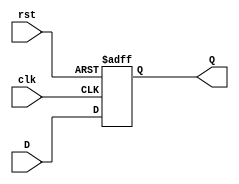
`timescale 1ns / 1ps

module DFlipFlop
(input clk, input rst, input D, output reg Q);
    always @ (posedge clk or posedge rst) 
    if (rst) begin
         Q <= 1'b0;
    end else begin 
         Q <= D;
    end 
endmodule